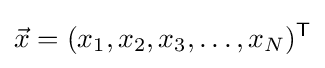
{\vec {x}}=(x_{1},x_{2},x_{3},\dots ,x_{N})^{\mathsf {T}}